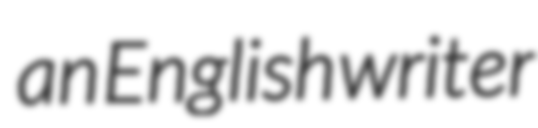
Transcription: an English writer